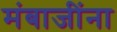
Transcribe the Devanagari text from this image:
मंबाजींना